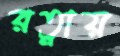
রত্নায়